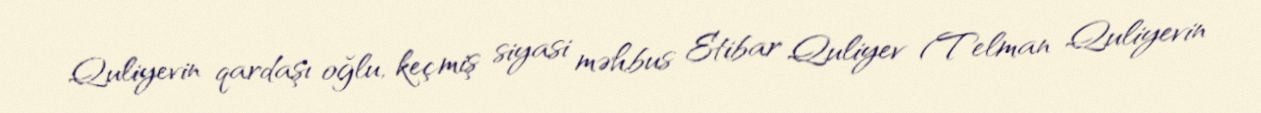
Quliyevin qardaşı oğlu, keçmiş siyasi məhbus Etibar Quliyev (Telman Quliyevin